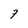
Character: 7